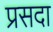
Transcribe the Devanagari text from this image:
प्रसदा